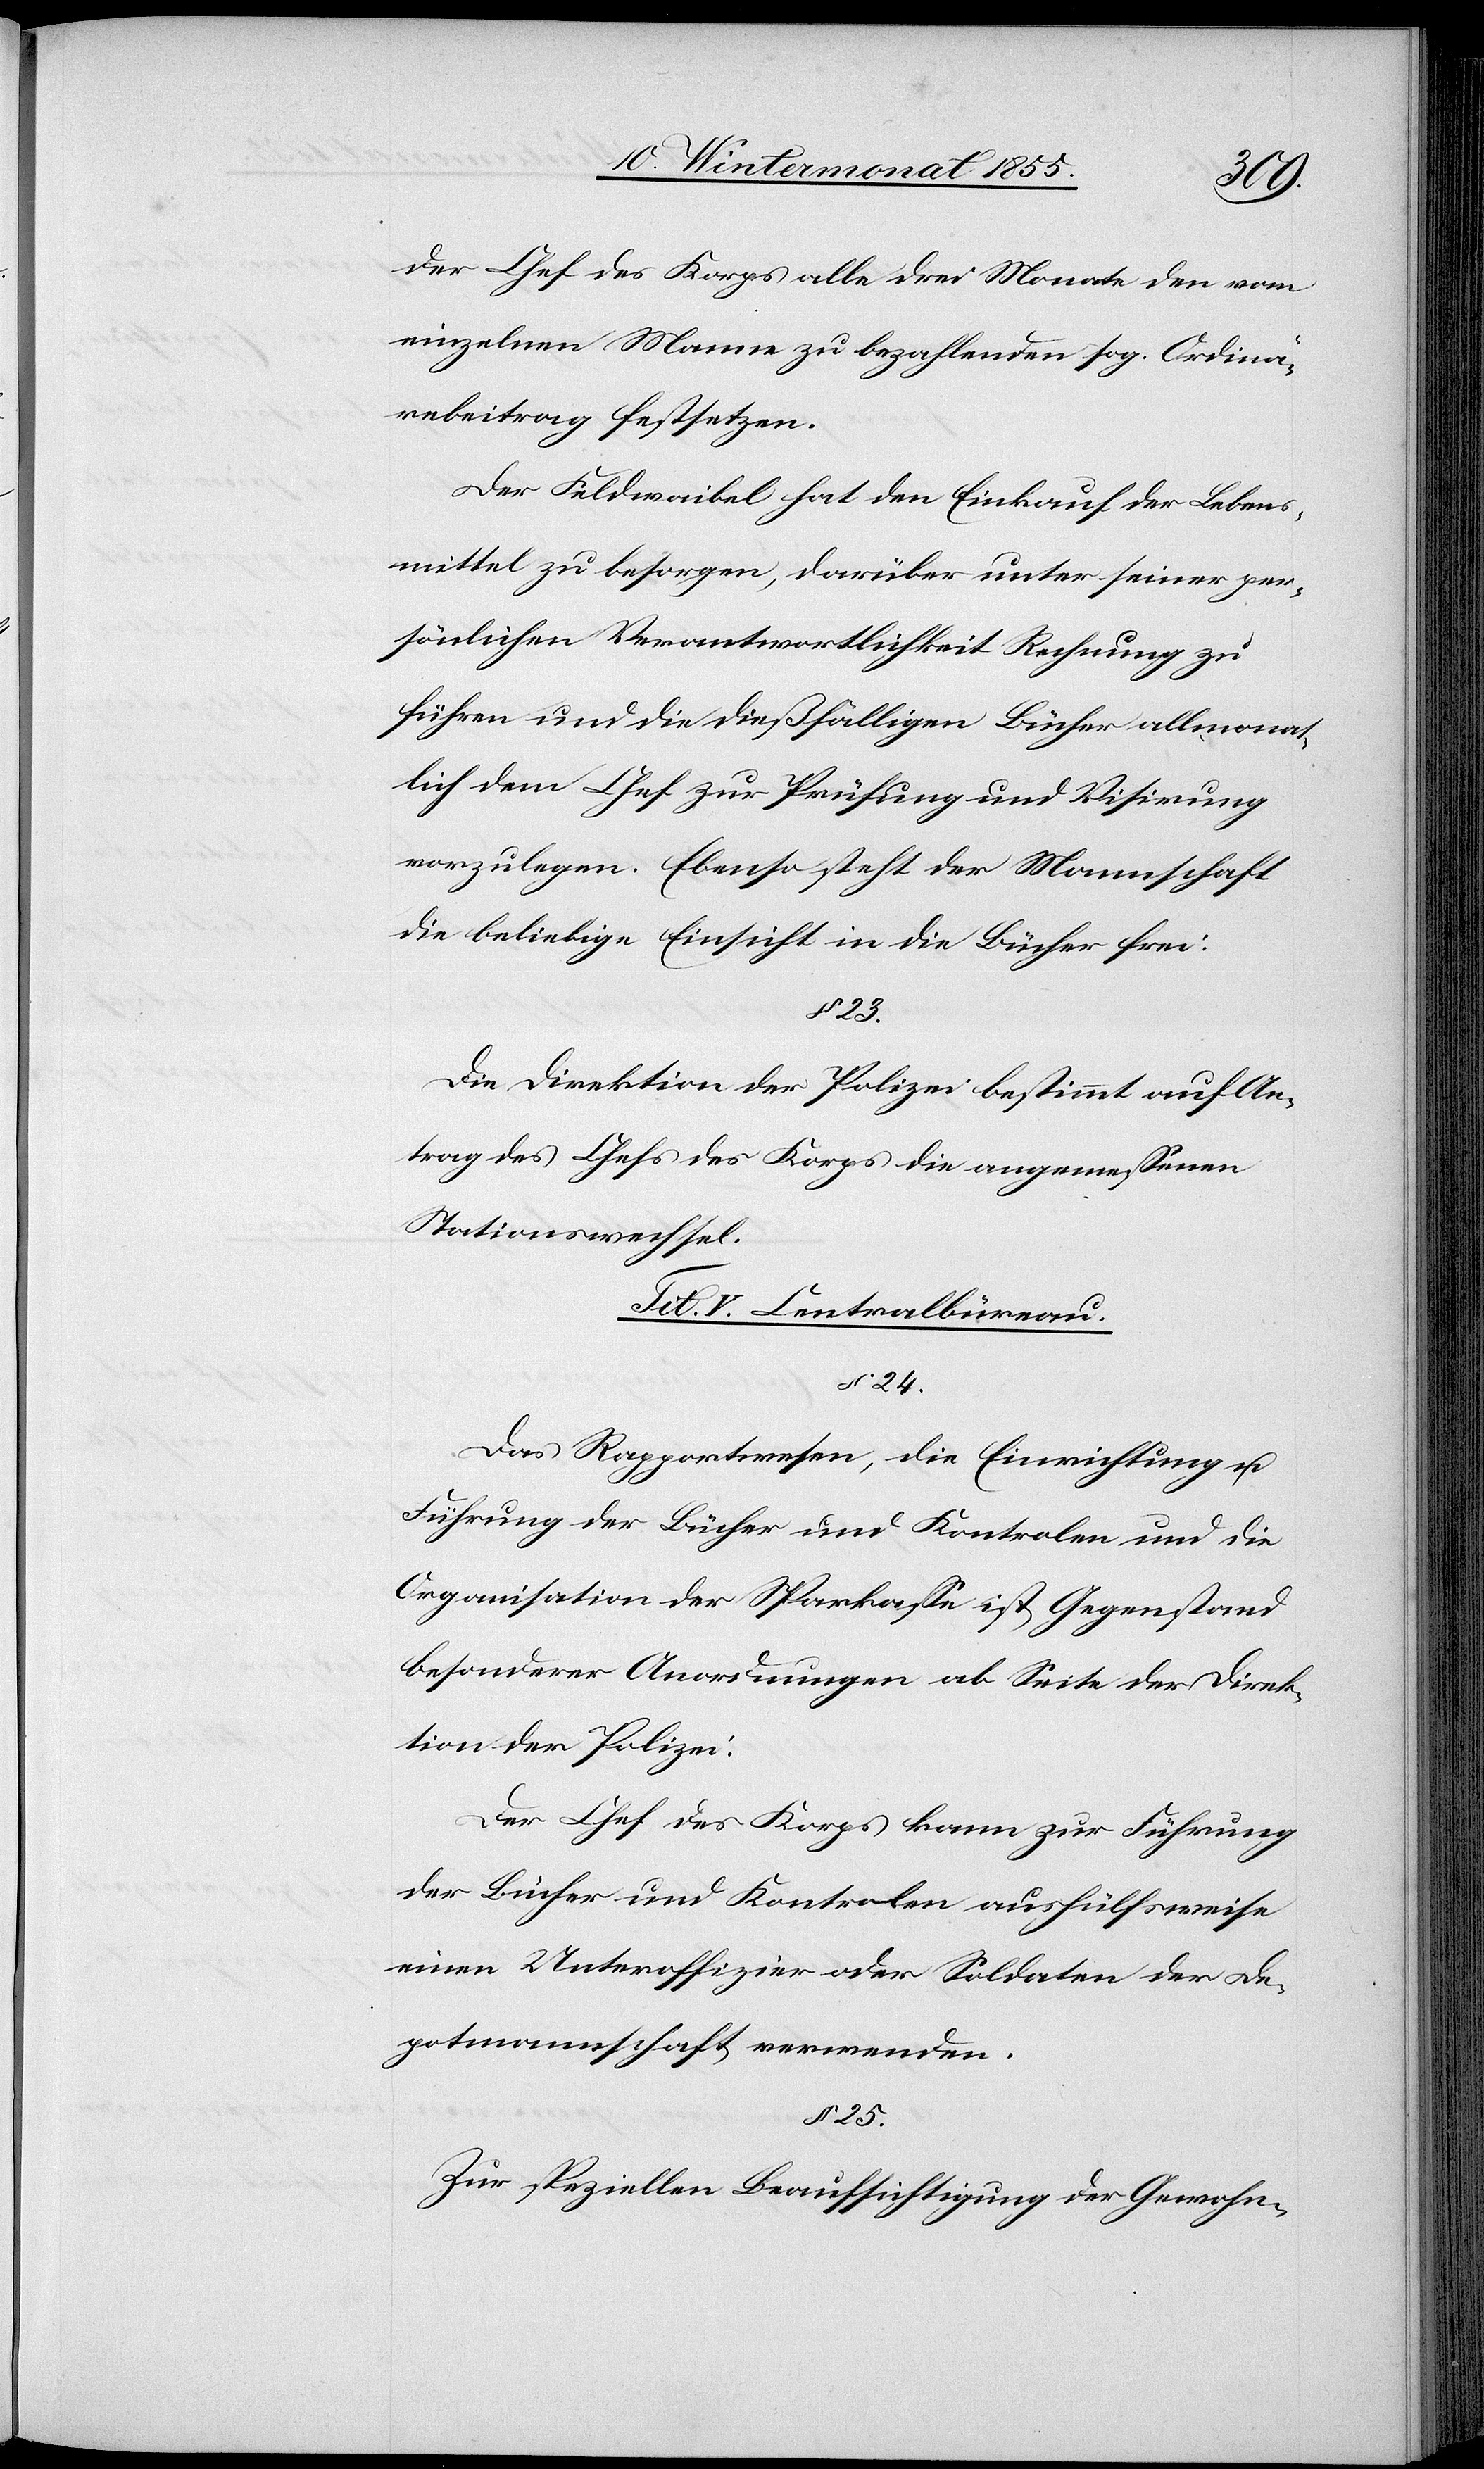
der Chef des Korps alle drei Monate den vom
einzelnen Manne zu bezahlenden sog. Ordinä¬
rebeitrag festsetzen.
Der Feldwaibel hat den Einkauf der Lebens¬
mittel zu besorgen, darüber unter seiner per¬
sönlichen Verantwortlichkeit Rechnung zu
führen und die dießfälligen Bücher allmonat¬
lich dem Chef zur Prüfung und Visirung
vorzulegen. Ebenso steht der Mannschaft
die beliebige Einsicht in die Bücher frei.
§ 23.
Die Direktion der Polizei bestimmt auf An¬
trag des Chefs des Korps die angemessenen
Stationswechsel.
Tit. V. Centralbüreau.
§ 24.
Das Rapportwesen, die Einrichtung u.
Führung der Bücher und Kontrolen und die
Organisation der Sparkasse ist Gegenstand
besonderer Anordnungen ab Seite der Direk¬
tion der Polizei.
Der Chef des Korps kann zur Führung
der Bücher und Kontrolen aushülfsweise
einen Unteroffizier oder Soldaten der De¬
potmannschaft verwenden.
§ 25.
Zur speziellen Beaufsichtigung der Gewohn-